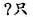
?只